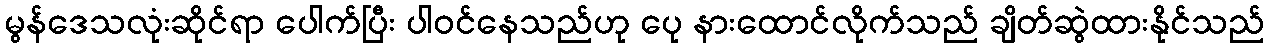
မွန်ဒေသလုံးဆိုင်ရာ ပေါက်ပြီး ပါဝင်နေသည်ဟု ပေု နားထောင်လိုက်သည် ချိတ်ဆွဲထားနိုင်သည်